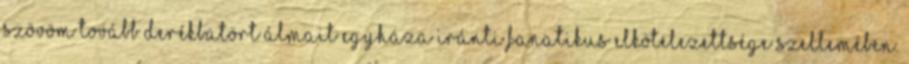
Szövöm tovább derékbatört álmait egyháza iránti fanatikus elkötelezettsége szellemében.